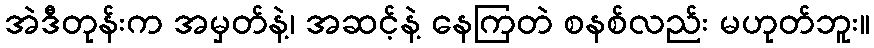
အဲဒီတုန်းက အမှတ်နဲ့၊ အဆင့်နဲ့ နေကြတဲ စနစ်လည်း မဟုတ်ဘူး။